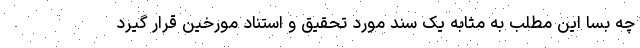
چه بسا این مطلب به مثابه یک سند مورد تحقیق و استناد مورخین قرار گیرد